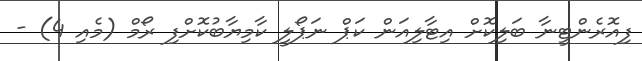
ފިއޮރެންޓީނާ ބަލިކޮށް އިޓާލިއަން ކަޕް ނަޕޯލީ ކާމިޔާބުކޮށްފި ރޯމް (މެއި 4) -